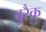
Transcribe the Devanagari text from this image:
बुरैक